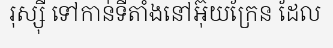
រុស្ស៊ី ទៅកាន់ទីតាំងនៅអ៊ុយក្រែន ដែល